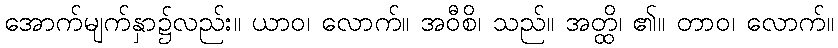
အောက်မျက်နှာ၌လည်း။ ယာဝ၊ လောက်။ အဝီစိ၊ သည်။ အတ္ထိ၊ ၏။ တာဝ၊ လောက်။